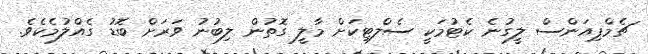
ޗެމްޕިއަންސް ލީގުނެ ކެޓުމަކީ ސެލްޓިކަށް މާލީ ގޮތުން ލިބުނު ވަރަށް ބޮޑު ގެއްލުމެކެވެ.